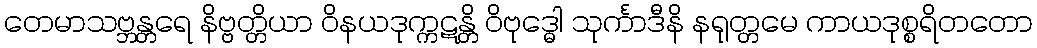
တေမာသဗ္ဘန္တရေ နိဗ္ဗတ္တိယာ ဝိနယဒုက္ကဋန္တိ ဝိဗုဒ္ဓေါ သုင်္ကာဒီနိ နရုတ္တမေ ကာယဒုစ္စရိတတော